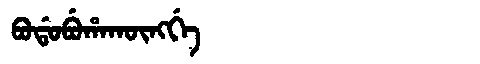
Manchu: ᠪᠣᡩᠣᠪᡠᡥᠠᡴᡡᠩᡤᡝ
Romanization: BODOBUHAKŪNGGE